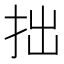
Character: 拙